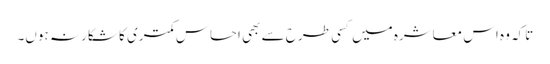
تاکہ وہ اس معاشرہ میں کسی طرح سے بھی احساسِ کمتری کا شکار نہ ہوں۔